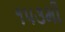
૧૫૩મી